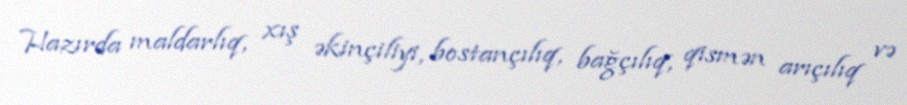
Hazırda maldarlıq, xış əkinçiliyi, bostançılıq, bağçılıq, qismən arıçılıq və